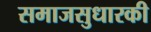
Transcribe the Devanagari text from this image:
समाजसुधारकी